Vana-Antsla_vallavalitsus, lk 14
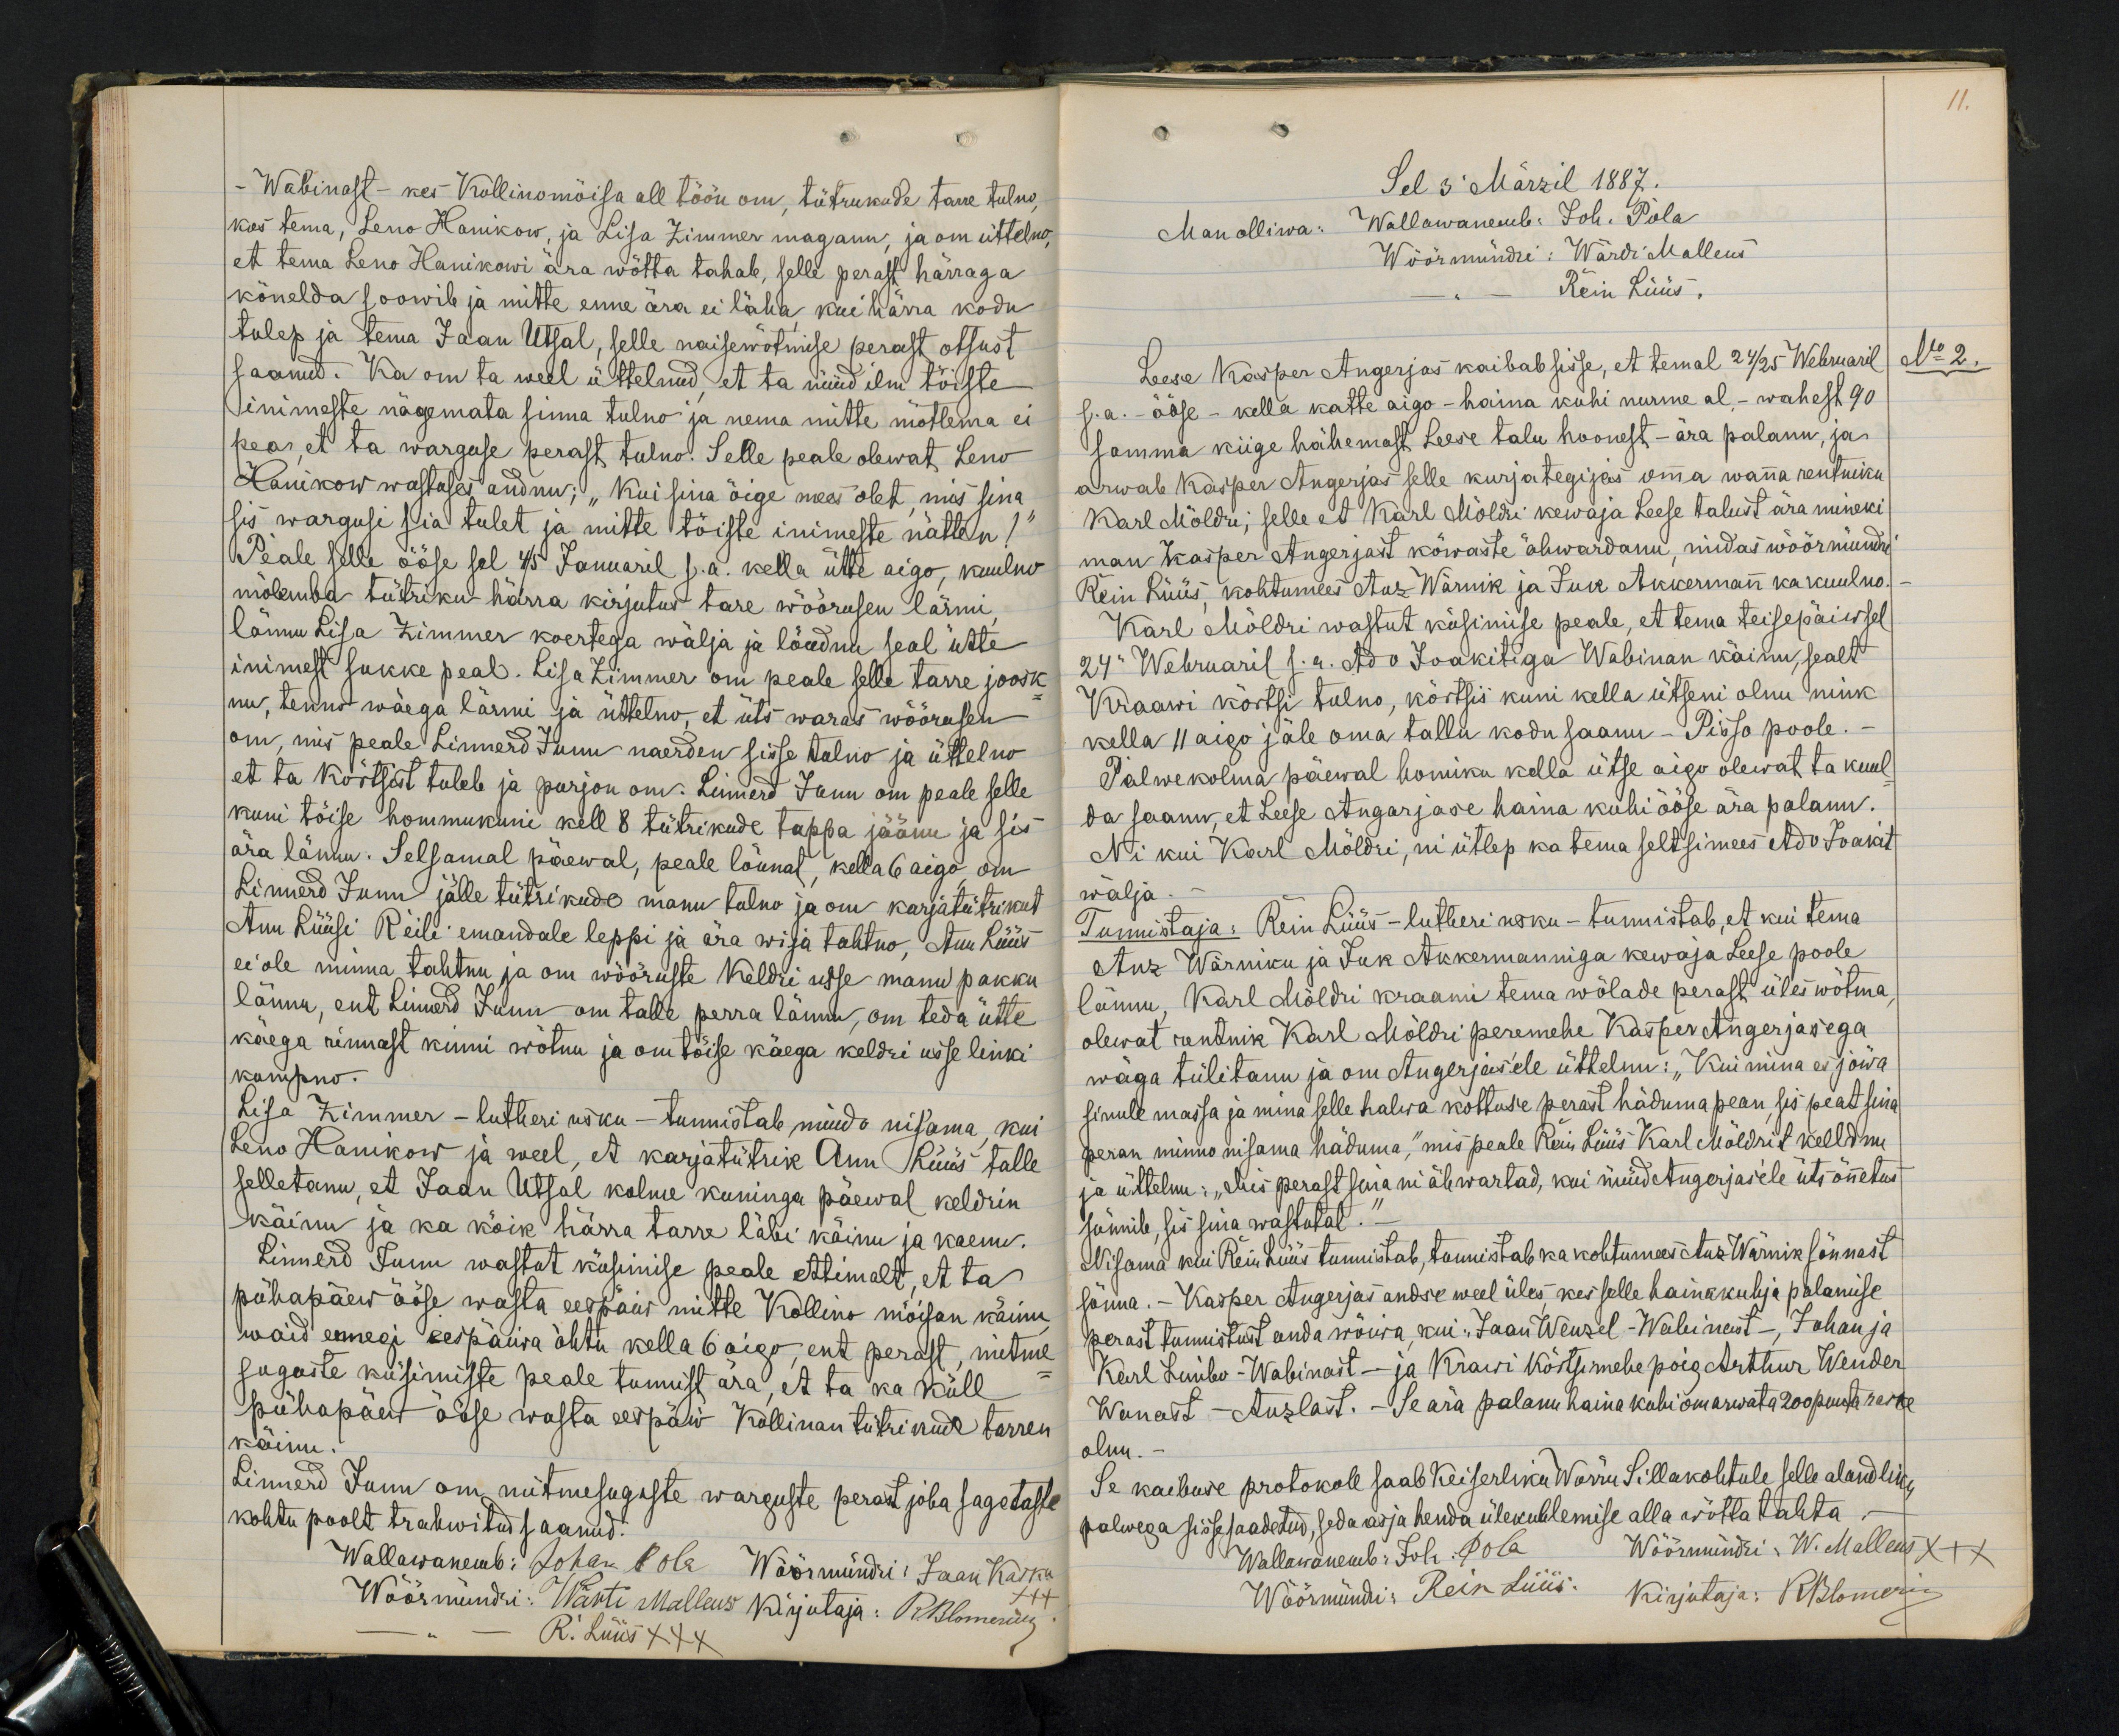
11.

- Wabinast - kes Kollinomõisa all töön om, tütrukude tarre tulno,
kas tema, Leno Hanikow, ja Lisa Zimmer maganu, ja om üttelno,
et tema Leno Hanikowi ära wõtta tahab, selle perast härraga
kõnelda soowib ja mitte enne ära ei läha kui härra kodu
tulep ja tema Jaan Utsal, selle naisewõtmise perast otsust
saanud. Ka on ta weel üttelnud, et ta nüüd ilm tõiste
inimeste nägemata sinna tulno ja nema mitte mõtlema ei
peas, et ta warguse perast tulno. Selle peale olewat Leno
Hanikow wastuses andnu: "Kui sina õige mees olet, mis sina
sis wargusi sia tulet ja mitte tõiste inimeste nätten!"
Peale selle ööse sel 4/5 Januaril s.a. kella ütte aigo, kuulno
mõlemba tütriku härra kirjutus tare wõõrusen lärmi,
lännu Lisa Zimmer koertega wälja ja löudnu seal ühte
inimest sukke peal. Lisa Zimmer on peale selle tarre joosk-
nu, tenno wäega lärmi ja üttelno, et üts waras wõõrusen
om, mis peale Linnerd Junn naerden sisse tulno ja üttelno
et ta kõrtsist tuleb ja purjon om. Linnerd Junn om peale selle
kuni tõise hommukuni kell 8 tütrikude tuppa jäänu ja sis
ära lännu. Selsamal päewal, peale lõunat, kella 6 aigo, om
Linnerd Junn jälle tütrikude manu tulno ja om karjatütrikut
Ann Lüüsi Reili emandale leppi ja ära wija tahtno, Ann Lüüs
ei ole minna tahtnu ja om wõõruste Keldri usse manu pakku
lännu, ent Linnerd Junn om talle perra läinu, om teda ütte
käega rinnast kinni wõtnu ja om tõise käega keldri usse linki
kompno.
Lisa Zimmer - lutheri usku - tunnistab muido nisama, kui
Leno Hanikow ja weel, et karjatütrik Ann Lüüs talle
selletanu, et Laan Utsal kolme kuninga päewal keldrin
käinu ja ka kõik härra tarre läbi käinu ja kaenu.
Linnerd Junn wastut küsimise peale ettimalt, et ta
pühapäew ööse wasta eespäew mitte Kollino mõisan käinu
waid ennegi eespäiwa õhtu kella 6 aigo, ent perast, mitme
suguste küsimiste peale tunnist ära, et ta ka küll
pühapäew ööse wasta eestpäiw Kollinan tütrikude tarren
käinu.
Linnerd Junn om mitmesuguste warguste perast joba sagetaste
kohtu poolt trahwitud saanud.
Wallawanemb: Johan Pola Wöörmündri: Jaan Kaska
Wöörmündri: Wärti Malleus kirjutaja: Rblomerius
R. Lüüs XXX

Sel 3. Märzil 1887.
Man olliwa: Wallawanemb: Joh. Pola
Wöörmündri: Wärdi Malleus
Rein Lüüs.
Leese Kasper Angerjas kaibab sisse, et temal 24/25 Webruaril
No 2.
s.a. - ööse - kella kätte aigo - haina kuhi nurme al, - wahest 90
sammu kiige hähemast Leese talu hoonest - ära palanu, ja
arwab Käsper Angerjas selle kurjategijas oma wana rentniku
Karl Möldri, selle et Karl Möldri kewaja Leese talust ära mineki
man Kasper Angerjast kõwaste ähwardanu, midas wöörmündri
Rein Lüüs, kohtumees Anz Wärnik ja Juk Akkermann ka kuulno.
Karl Möldri wastut küsimise peale, et tema teisepäiwsel
24 Webruaril s.a. Ado Joakitiga Wabinan käinu, sealt
Kraawi kõrtsi tulno, kõrtsis kuni kella ütseni olnu nink
kella 11 aigo jäle oma tallu kodu saanu - Pisso poole.
Palwekolma päewal homiku kella ütse aigo olewat ta kuul-
da saanu, et Leese Angarjase haina kuhi ööse ära palanu.
Nii kui Karl Möldri, nii ütlep ka tema seltsimees Ado Joakit
wälja
Tunnistaja: Rein Lüüs - lutheri usku - tunnistab, et kui tema
Anz Wärniku ja Juk Akkermanniga kewaja Leese poole
lännu, Karl Möldri kraami tema wõlade perast üles wõtma,
olewat rentnik Karl Möldri peremehe Kasper Angerjasega
wäga tülitanu ja om Angerjasele üttelnu: "Kui mina es jõwa
sinule massa ja mina selle halwa kottuse perast häduma pean, sis peat sina
peran minno nisama häduma," mis peale Rein Lüüs Karl Möldrit keeldnu
ja üttelnu: "Mis perast sina nii ähwartad, kui nüüd Angerjasele üts õnetus
sünnib, sis sina wastutat.
Nisama kui Rein Lüüs tunnistab, tunnistab ka kohtumees Anz Wärnik sõnnast
sõnna. - Käsper Angerjas andse weel üles, kes selle heinakuhja palamise
perast tunnistust anda wõiwa, kui "Jaan Wenzel - Wabinast -, Johan ja
Karl Limbo - Wabinast - ja Krawi kõtsimehe poig Arthur Wender
Wanast-Anzlast. - Se ära palanu haina kuhi om arwata 200 puuta raske
olnu.
Se kaibuse protokoll saab Keiserliku Wõrru Sillakohtule selle alandliku
palwega sisse saadetud, seda asja henda ülekullemise alla wõtta tahta
Wallawanemb: Johi Pola Wöörmündri: W. Malleus xxx
Wöörmündri: Rein Lüüs. Kirjutaja: Rblomeriu